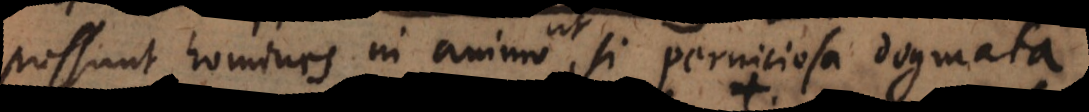
possunt homines in animo, si perniciosa dogmata